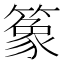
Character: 𫂤